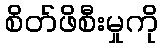
စိတ်ဖိစီးမှုကို